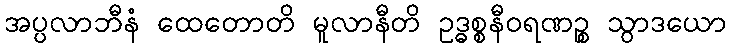
အပ္ပလာဘီနံ ထေတောတိ မူလာနီတိ ဥဒ္ဓစ္စနီဝရဏဉ္စ သွာဒယော